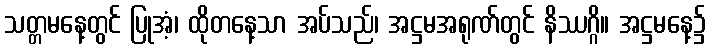
သတ္တမနေ့တွင် ပြုအံ့၊ ထိုတနေ့သာ အပ်သည်၊ အဋ္ဌမအရုဏ်တွင် နိဿဂ္ဂိ။ အဋ္ဌမနေ့၌